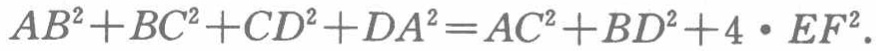
\(AB^{2}+BC^{2}+CD^{2}+DA^{2}=AC^{2}+BD^{2}+4\cdot EF^{2}\)